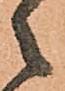
々